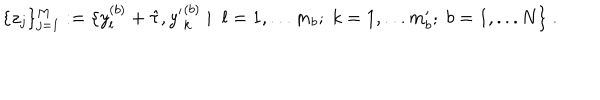
\{ z _ { j } \} _ { j = 1 } ^ { M } : = \{ y _ { l } ^ { ( b ) } + \hat { \tau } , { y ^ { \prime } } _ { k } ^ { ( b ) } \; | \; \; l = 1 , . . . m _ { b } ; \; k = 1 , . . . m _ { b } ^ { \prime } ; \; b = 1 , . . . N \} \; .